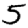
Digit: 5